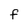
Character: f